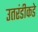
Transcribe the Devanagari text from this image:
उतरंडीकडे